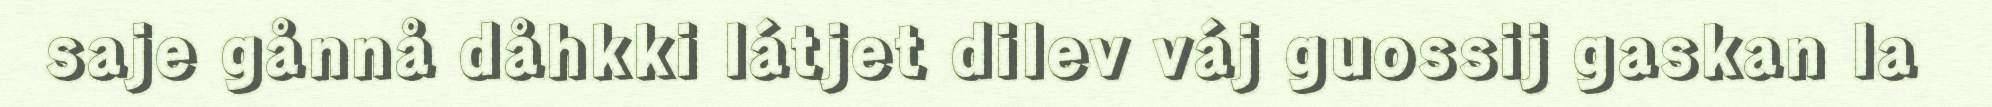
saje gånnå dåhkki látjet dilev váj guossij gaskan la